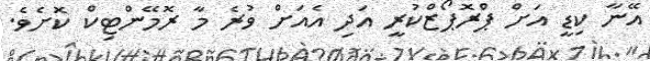
އޭނާ ކިޑީ އަށް ޕްރޮޕޯޒްކުރީ އަދި އެއަށް ވުރެ މާ ރޮމޭންޓިކް ކޮށެވެ.